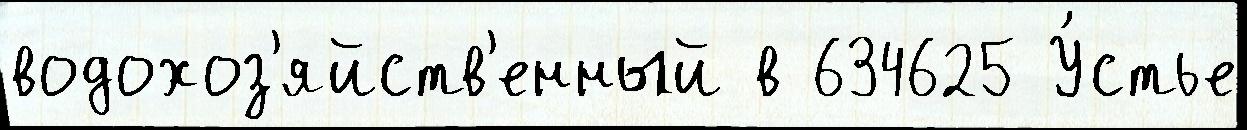
водохоз'яйств'енный в 634625 У́стье